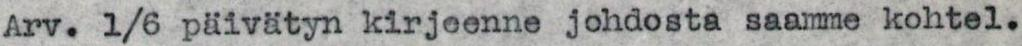
Arv. 1/6 päivätyn kirjeenne johdosta saamme kohtel.